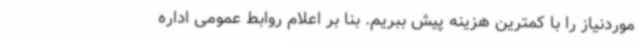
موردنیاز را با کمترین هزینه پیش ببریم. بنا بر اعلام روابط عمومی اداره